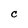
Character: C